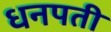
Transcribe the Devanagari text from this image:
धनपती